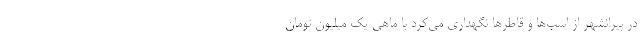
در پیرانشهر از اسب‌ها و قاطرها نگهداری می‌کرد با ماهی یک‌ میلیون تومان